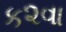
ક૨વા